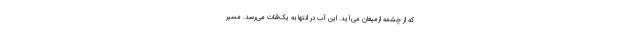
که از چشمه ازمیغان می‌آید. این آب در انتها به یک‌قنات می‌رسد. مسیر